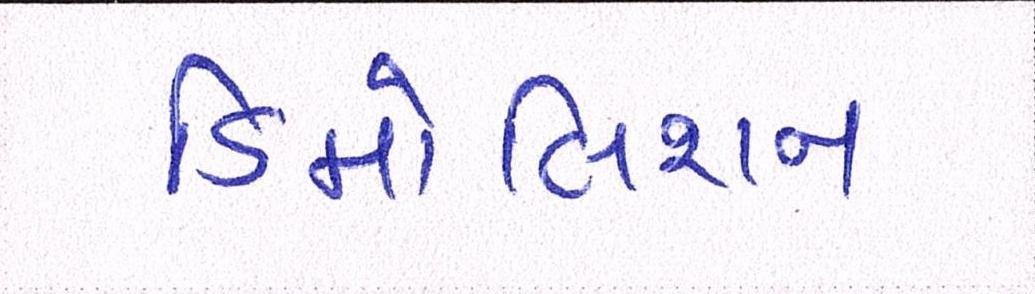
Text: ડિમોલિશન